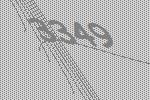
3349